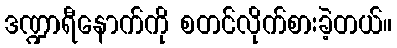
ဒဏ္ဍာရီနောက်ကို စတင်လိုက်စားခဲ့တယ်။